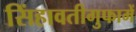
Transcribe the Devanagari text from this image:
सिंहावतीगुफामें